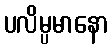
ပလိမ္ပမာနော